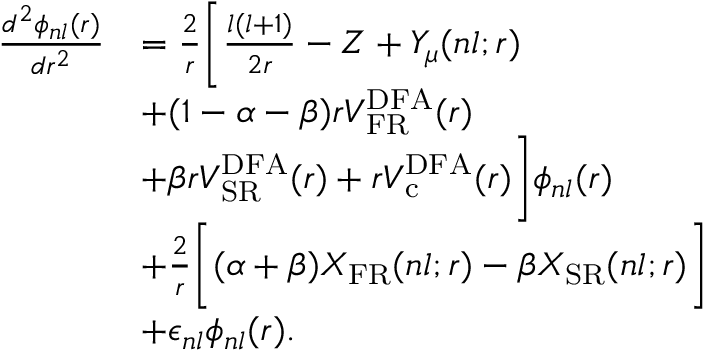
\begin{array} { r l } { \frac { d ^ { 2 } \phi _ { n l } ( r ) } { d r ^ { 2 } } } & { = \frac { 2 } { r } \bigg [ \frac { l ( l + 1 ) } { 2 r } - Z + Y _ { \mu } ( n l ; r ) } \\ & { + ( 1 - \alpha - \beta ) r V _ { \mathrm { F R } } ^ { \mathrm { { D F A } } } ( r ) } \\ & { + \beta r V _ { \mathrm { S R } } ^ { \mathrm { D F A } } ( r ) + r V _ { \mathrm { c } } ^ { \mathrm { D F A } } ( r ) \bigg ] \phi _ { n l } ( r ) } \\ & { + \frac { 2 } { r } \bigg [ ( \alpha + \beta ) X _ { \mathrm { { F R } } } ( n l ; r ) - \beta X _ { \mathrm { S R } } ( n l ; r ) \bigg ] } \\ & { + \epsilon _ { n l } \phi _ { n l } ( r ) . } \end{array}